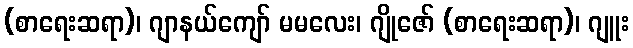
(စာရေးဆရာ)၊ ဂျာနယ်ကျော် မမလေး၊ ဂျိုဇော် (စာရေးဆရာ)၊ ဂျူး